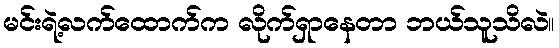
မင်းရဲ့လက်ထောက်က လိုက်ရှာနေတာ ဘယ်သူသိလဲ။